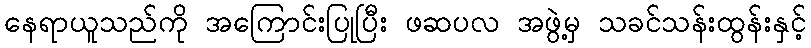
နေရာယူသည်ကို အကြောင်းပြုပြီး ဖဆပလ အဖွဲ့မှ သခင်သန်းထွန်းနှင့်